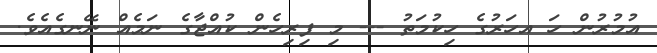
އުމުރުން ހަ އހަރުގެ ހިކުމަތު --- މި ފިރިހެން ކުއްޖާގެ ނަމެއް ނޭނގެއެވެ.